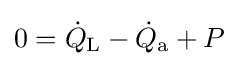
0={\dot {Q}}_{\text{L}}-{\dot {Q}}_{\text{a}}+P